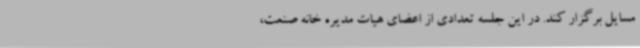
مسایل برگزار کند. در این جلسه تعدادی از اعضای هیات مدیره خانه صنعت،